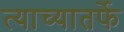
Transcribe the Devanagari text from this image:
त्याच्यातर्फे